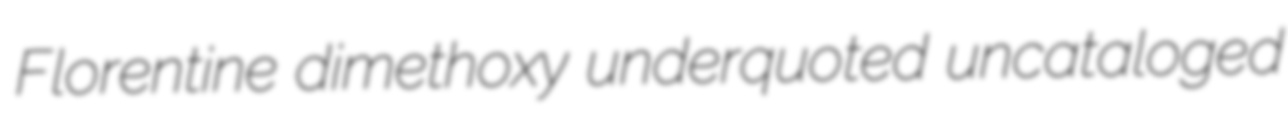
Florentine dimethoxy underquoted uncataloged